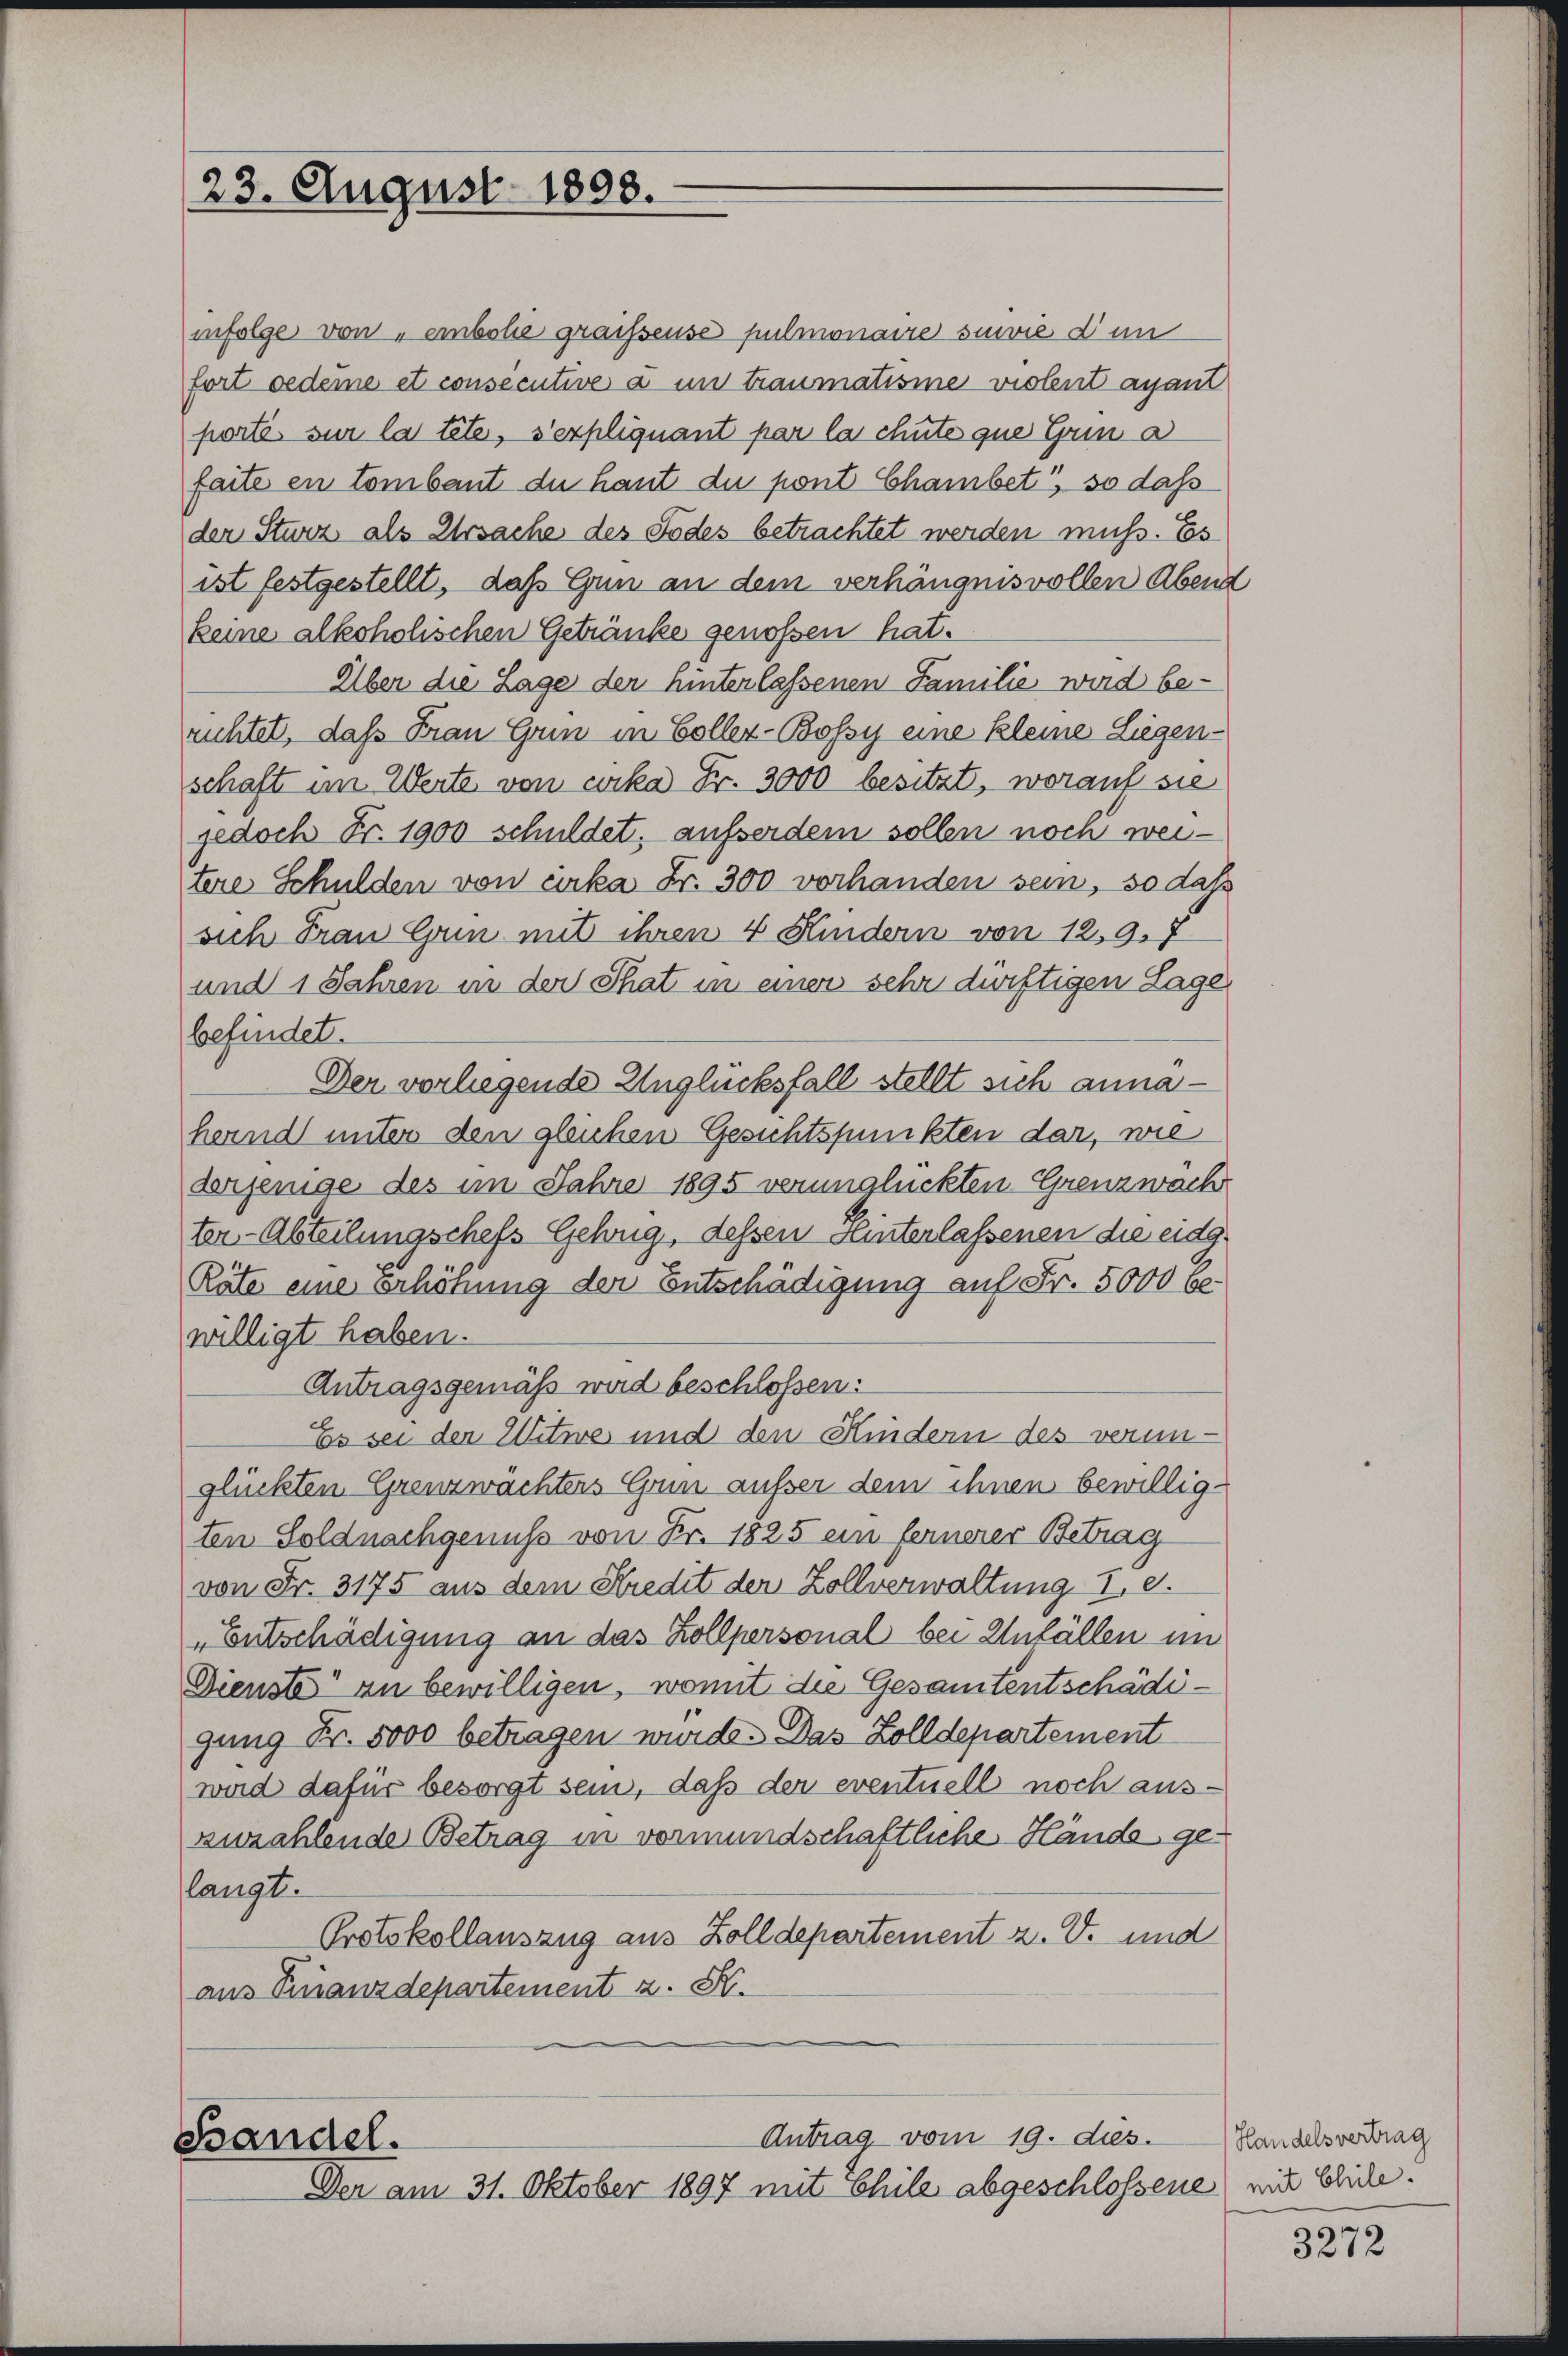
23. August 1898.

infolge von „einbole graissense pulmonaire suivie d’un
fort oedeme et consecutive à un traumatisie violent ayant
portés sur la tete, s’expliquant par la chute que Grin a
faite en tombant du haut du pont Chambet“, so daß
der Sturz als Ursache des Todes betrachtet werden muss. Es
ist festgestellt, daß Gun an dem verhängnisvollen Abend
keine alkoholischen Getränke genossen hat.
Alber die Lage der hinterlassenen Familie wird be-
ruchtet, daß Frau Grin in Coller-Bossy eine kleine Liegenschaft im Werte von cirka Fr. 3000 besitzt, worauf sie
jedoch Fr. 1900 schuldet, ausserdem sollen noch weitere Schulden von cirka Fr. 300 vorhanden sein, so das
sich Frau Grin mit ihren 4 Kindern von 12,9.7
und 1 Jahren in der That in einer sehr dürftigen Lage
befindet.
Der vorliegende Unglücksfall stellt sich annähernd unter den gleichen Gesichtspunkten dar, wie
derjenige des im Jahre 1895 verunglückten Grenzwach
ter-Abteilungschefs Gebug, dessen Hinterlassenen die eidg.
Räte eine Erhöhung der Entschädigung auf Fr. 5000 be
willigt haben.
Antragsgemäß wird beschloßen:
Es sei der Witwe und den Kindern des verunglückten Grenzwächters Grin ausser dem ihnen bewillig-
ten Soldnachgenuss von Fr. 1825 ein fernerer Betrag
von Fr. 3175 aus dem Kredit der Zollverwaltung I, 8.
Entschädigung an das Zollpersonal bei Anfällen im
Dienste an bewilligen, womit die Gesamtentschädigung Fr. 5000 betragen wurde. Das Zolldepartement
wird dafür besorgt sein, daß der eventuell noch auszuzahlende Betrag in vormundschaftliche Hände gelangt.
Protokollauszug aus Zolldepartement z. V. und
aus Finanzdepartement z. B.

Antrag vom 19. dies.
shandel.
Den am 31. Oktober 1897 mit Chile abgeschlossene mit blicke.

Handelsvertrag

3272